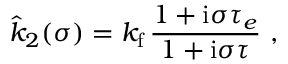
\hat { k } _ { 2 } ( \sigma ) = k _ { \mathrm { f } } \, \frac { 1 + \mathrm { i } \sigma \tau _ { e } } { 1 + \mathrm { i } \sigma \tau } \ ,